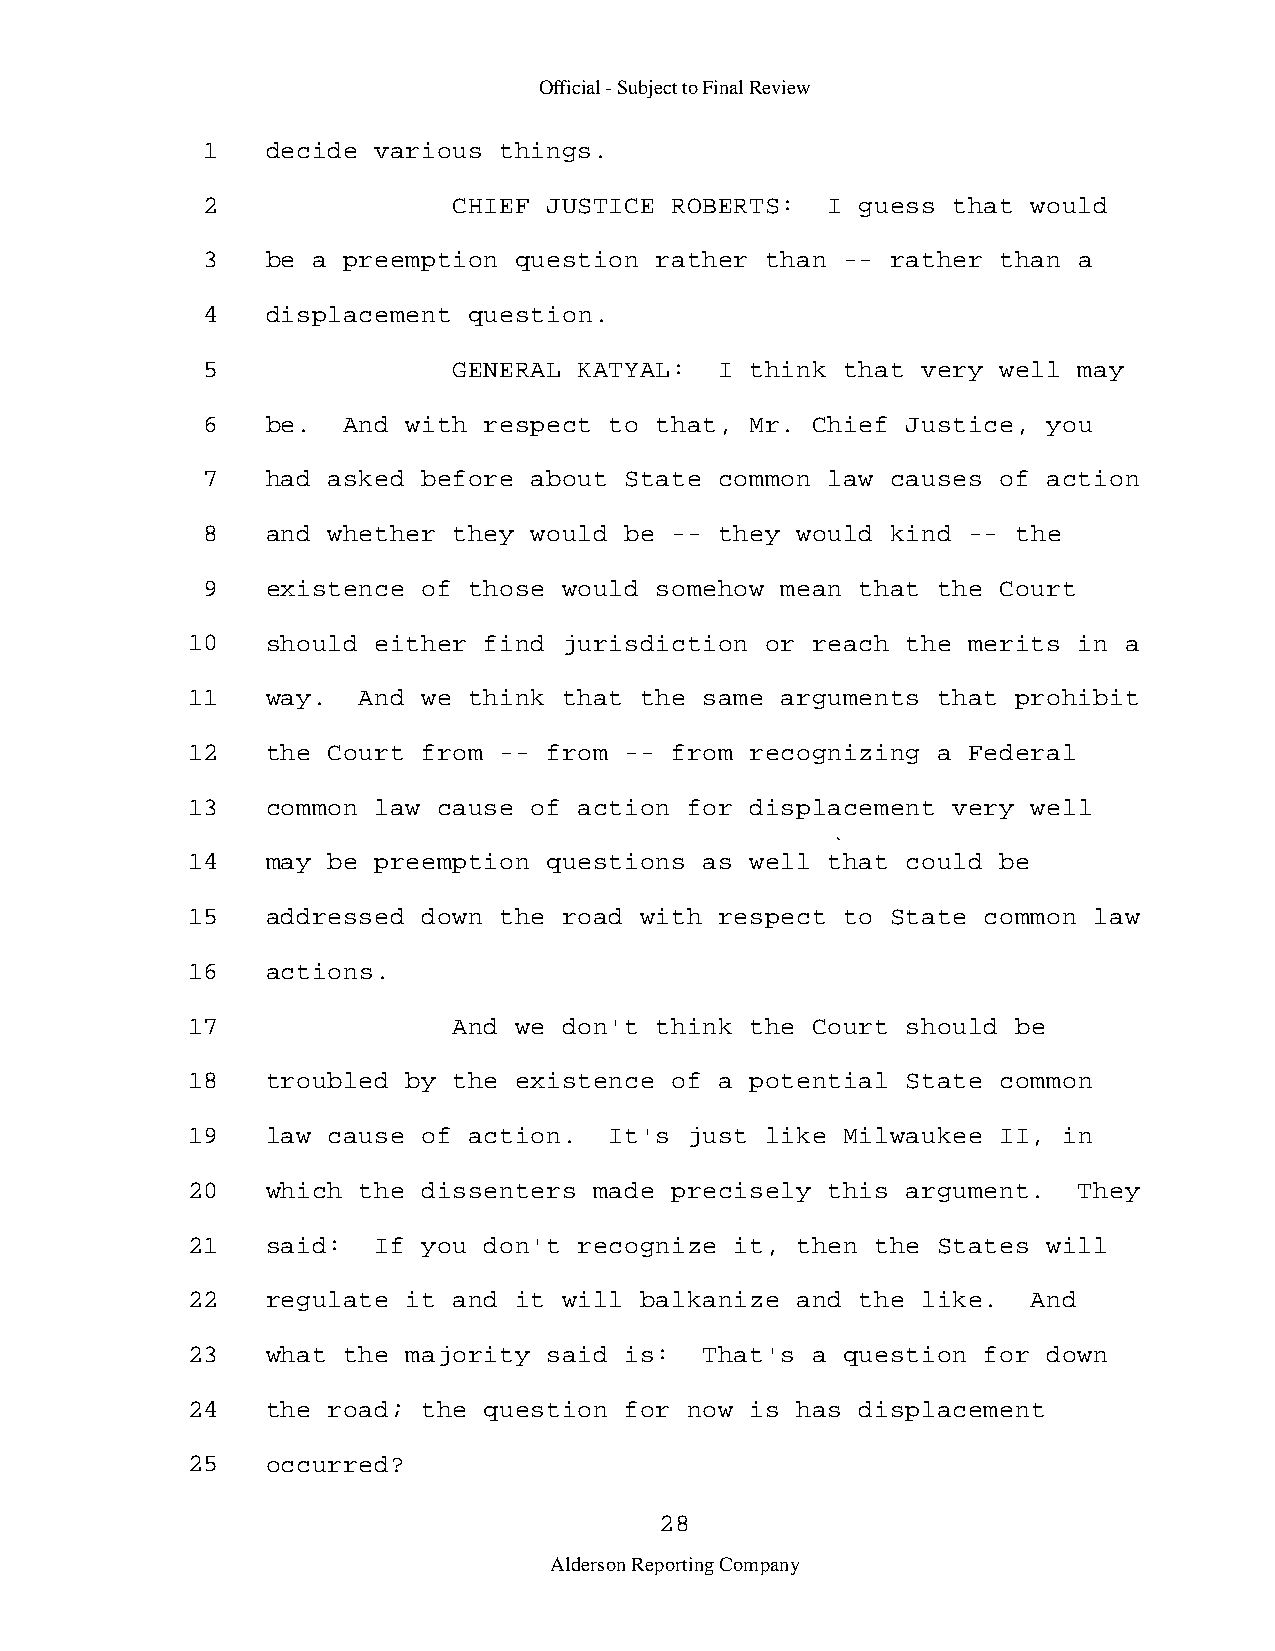
Official - Subject to Final Review
 1    decide various things.
 2                CHIEF JUSTICE ROBERTS:   I guess that would
 3    be a preemption question rather  than -- rather than a
 4    displacement question.
 5                GENERAL KATYAL:   I think that very well may
 6    be.  And with respect to that,  Mr. Chief Justice, you
 7    had asked before about State  common law causes of action
 8    and whether they would be --  they would kind -- the
 9    existence of those would somehow  mean that the Court
 10    should either find jurisdiction  or reach the merits in a
 11    way.  And we think that the  same arguments that prohibit
 12    the Court from -- from -- from  recognizing a Federal
 13    common law cause of action  for displacement very well
 14    may be preemption questions  as well that could be
 15    addressed down the road with  respect to State common law
 16    actions.
 17                And we don't think  the Court should be
 18    troubled by the existence of  a potential State common
 19    law cause of action.  It's  just like Milwaukee II, in
 20    which the dissenters made precisely  this argument.  They
 21    said:  If you don't recognize  it, then the States will
 22    regulate it and it will balkanize  and the like.  And
 23    what the majority said is:   That's a question for down
 24    the road; the question for  now is has displacement
 25    occurred?
 28
 Alderson Reporting Company